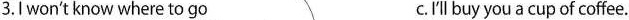
3.Iwon't know where to go c.I'll buy you a cup of coffee.